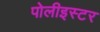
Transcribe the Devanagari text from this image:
पोलीइस्टर